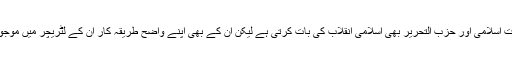
جماعت اسلامی اور حزب التحریر بھی اسلامی انقلاب کی بات کرتی ہے لیکن ان کے بھی اپنے واضح طریقہ کار ان کے لٹریچر میں موجود ہیں۔